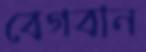
বেগবান